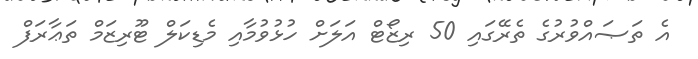
އެ ތަޞައްވުރުގެ ތެރޭގައި 50 ރިޒޯޓް އަލަށް ހުޅުވުމާއި މެޑިކަލް ޓޫރިޒަމް ތަޢާރަފް